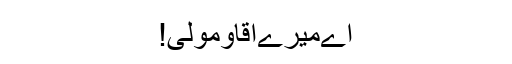
اےمیرےآقاومولیٰ!